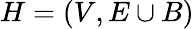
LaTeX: H=(V,E\cup B)